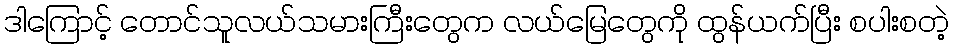
ဒါကြောင့် တောင်သူလယ်သမားကြီးတွေက လယ်မြေတွေကို ထွန်ယက်ပြီး စပါးစတဲ့